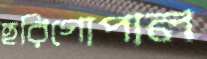
হরিগোপাল